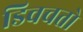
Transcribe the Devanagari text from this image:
डिवचतो